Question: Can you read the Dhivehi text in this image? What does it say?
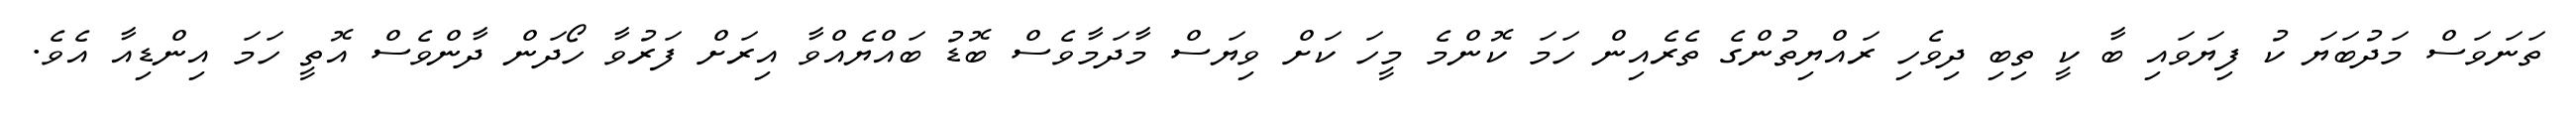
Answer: ތަނަވަސް މަދުބަޔަ ކު ފިޔަވައި ބާ ކީ ތިބި ދިވެހި ރައްޔިތުންގެ ތެރެއިން ހަމަ ކޮންމެ މީހަ ކަށް ވިޔަސް މާދަމާވެސް ބޮޑު ބައްޔެއްވާ އިރަށް ފަރުވާ ހޯދަން ދާންވެސް އޮތީ ހަމަ އިންޑިއާ އެވެ.